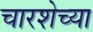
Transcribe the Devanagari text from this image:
चारशेच्या